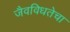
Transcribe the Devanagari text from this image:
जैवविधतेचा